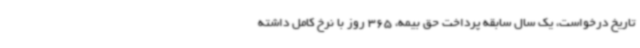
تاریخ درخواست، یک سال سابقه پرداخت حق بیمه، 365 روز با نرخ کامل داشته